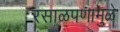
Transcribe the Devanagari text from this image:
रसाळपणामुळे